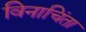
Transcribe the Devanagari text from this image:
विनाचिंता